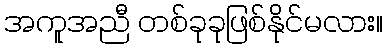
အကူအညီ တစ်ခုခုဖြစ်နိုင်မလား။